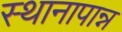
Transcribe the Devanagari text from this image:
स्थानापान्न